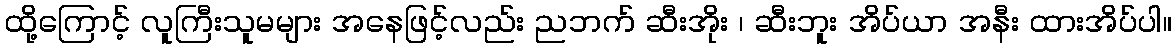
ထို့ကြောင့် လူကြီးသူမများ အနေဖြင့်လည်း ညဘက် ဆီးအိုး ၊ ဆီးဘူး အိပ်ယာ အနီး ထားအိပ်ပါ။